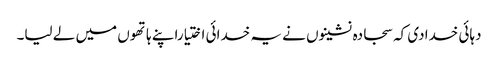
دہائی خدادی کہ سجادہ نشینوں نے یہ خدائی اختیاراپنے ہاتھوں میں لے لیا۔